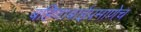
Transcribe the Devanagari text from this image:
बहिणाबाईप्रमाणेच